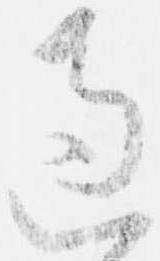
過